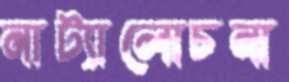
নাট্যালোচনা